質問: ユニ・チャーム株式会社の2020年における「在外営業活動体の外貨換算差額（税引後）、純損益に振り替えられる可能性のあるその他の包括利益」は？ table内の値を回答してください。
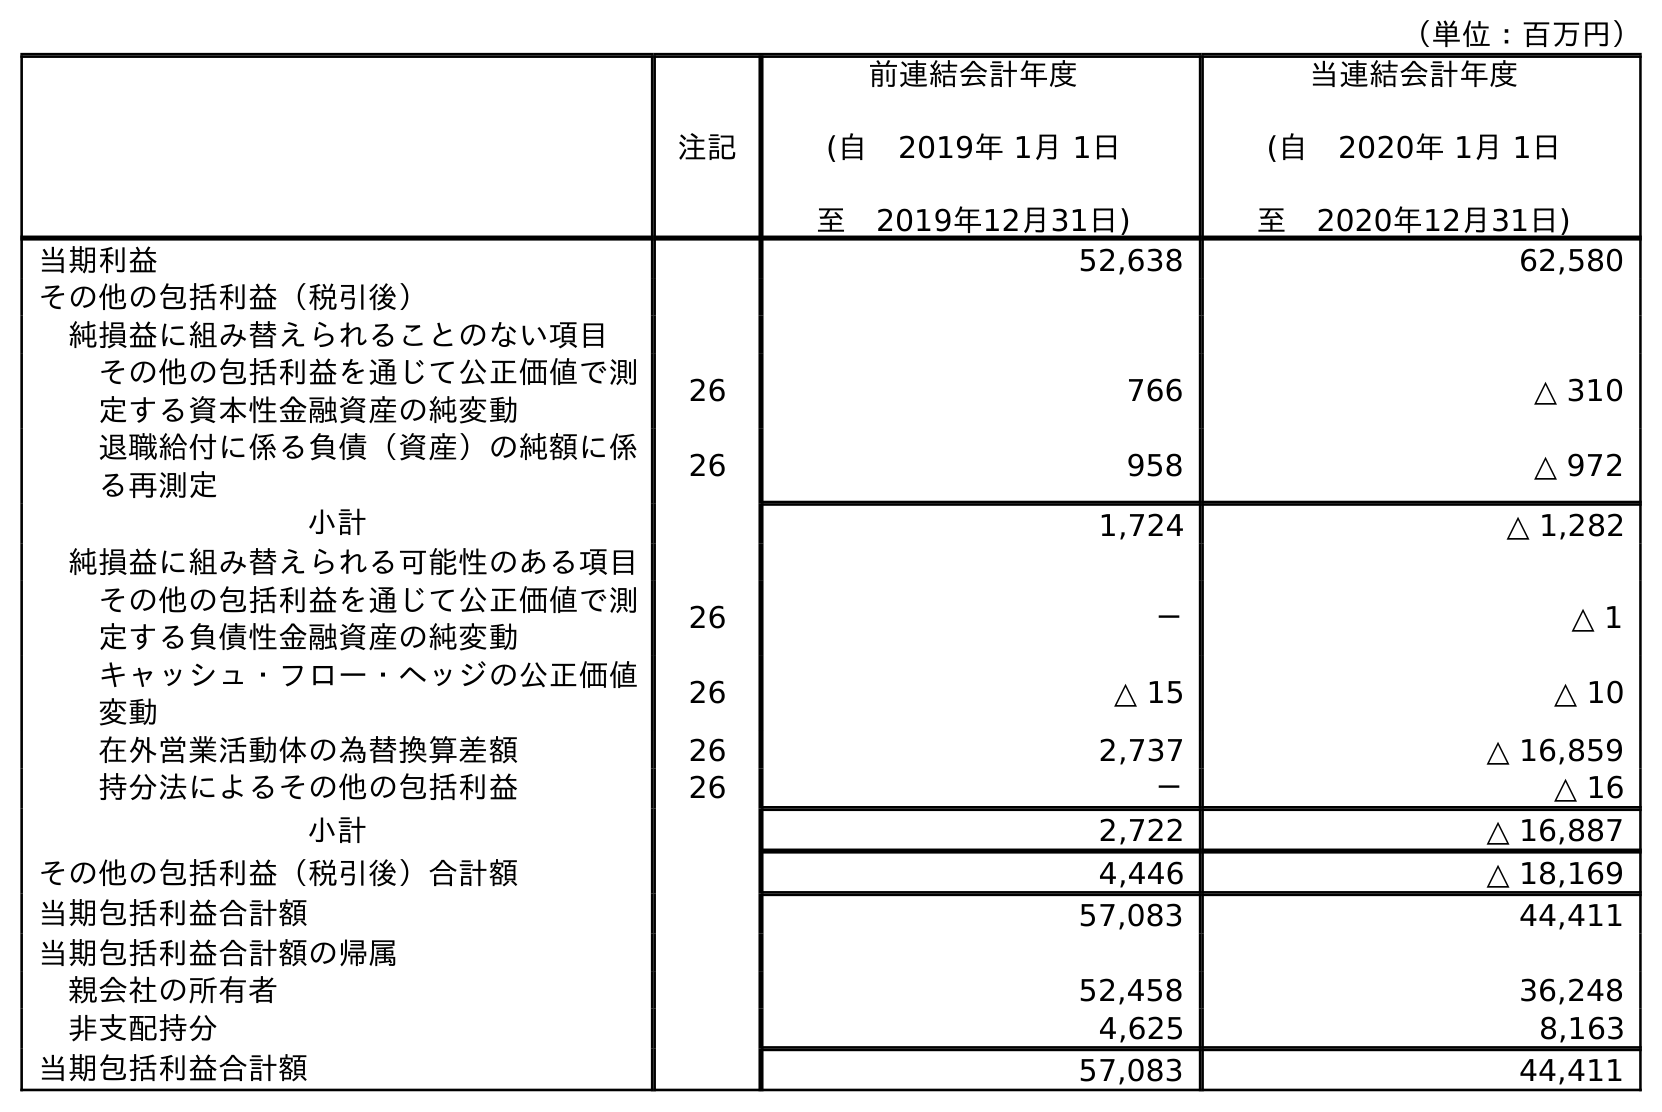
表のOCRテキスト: （単位：百万円） 注記 前連結会計年度 (自 2019年 1月 1日 至 2019年12月31日) 当連結会計年度 (自 2020年 1月 1日 至 2020年12月31日) 当期利益 52,638 62,580 その他の包括利益（税引後） 純損益に組み替えられることのない項目 その他の包括利益を通じて公正価値で測 定する資本性金融資産の純変動 26 766 △ 310 退職給付に係る負債（資産）の純額に係 る再測定 26 958 △ 972 小計 1,724 △ 1,282 純損益に組み替えられる可能性のある項目 その他の包括利益を通じて公正価値で測 定する負債性金融資産の純変動 26 － △ 1 キャッシュ・フロー・ヘッジの公正価値 変動 26 △ 15 △ 10 在外営業活動体の為替換算差額 26 2,737 △ 16,859 持分法によるその他の包括利益 26 － △ 16 小計 2,722 △ 16,887 その他の包括利益（税引後）合計額 4,446 △ 18,169 当期包括利益合計額 57,083 44,411 当期包括利益合計額の帰属 親会社の所有者 52,458 36,248 非支配持分 4,625 8,163 当期包括利益合計額 57,083 44,411
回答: △16,859